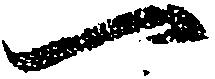
一